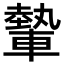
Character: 𨎐